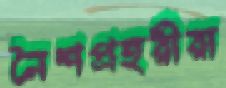
নৈশপ্রহরীরা